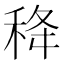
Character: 𥞜